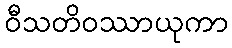
ဝီသတိဝဿာယုကာ